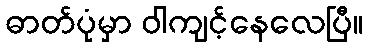
ဓာတ်ပုံမှာ ဝါကျင့်နေလေပြီ။